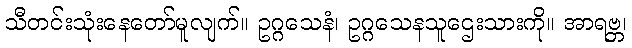
သီတင်းသုံးနေတော်မူလျက်။ ဥဂ္ဂသေနံ၊ ဥဂ္ဂသေနသူဌေးသားကို။ အာရဗ္ဘ၊